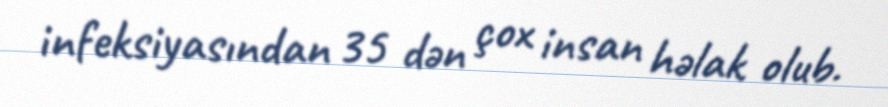
infeksiyasından 35 dən çox insan həlak olub.